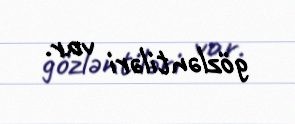
gözləntiləri var.